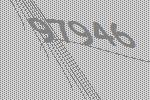
97946